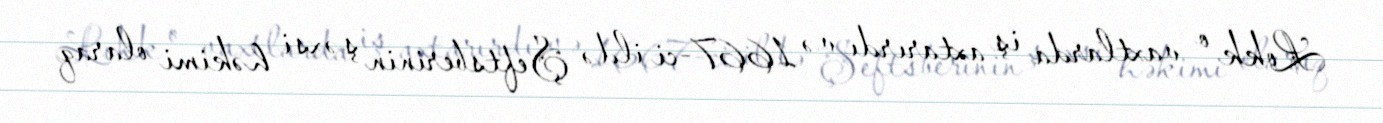
Lokk o vaxtlarda iş axtarırdı və 1667-ci ildə Şeftsberinin şəxsi həkimi olaraq